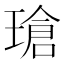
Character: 瑲